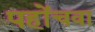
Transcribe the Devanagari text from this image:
पहोंचवा